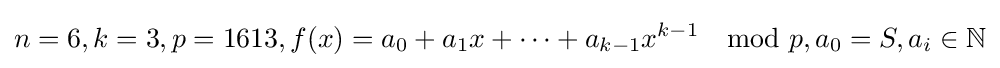
n=6,k=3,p=1613,f(x)=a_{0}+a_{1}x+\dots +a_{k-1}x^{k-1}\mod {p},a_{0}=S,a_{i}\in \mathbb {N}